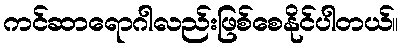
ကင်ဆာရောဂါလည်းဖြစ်စေနိုင်ပါတယ်။